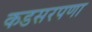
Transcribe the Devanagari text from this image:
कडसरपणा